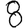
Digit: 8